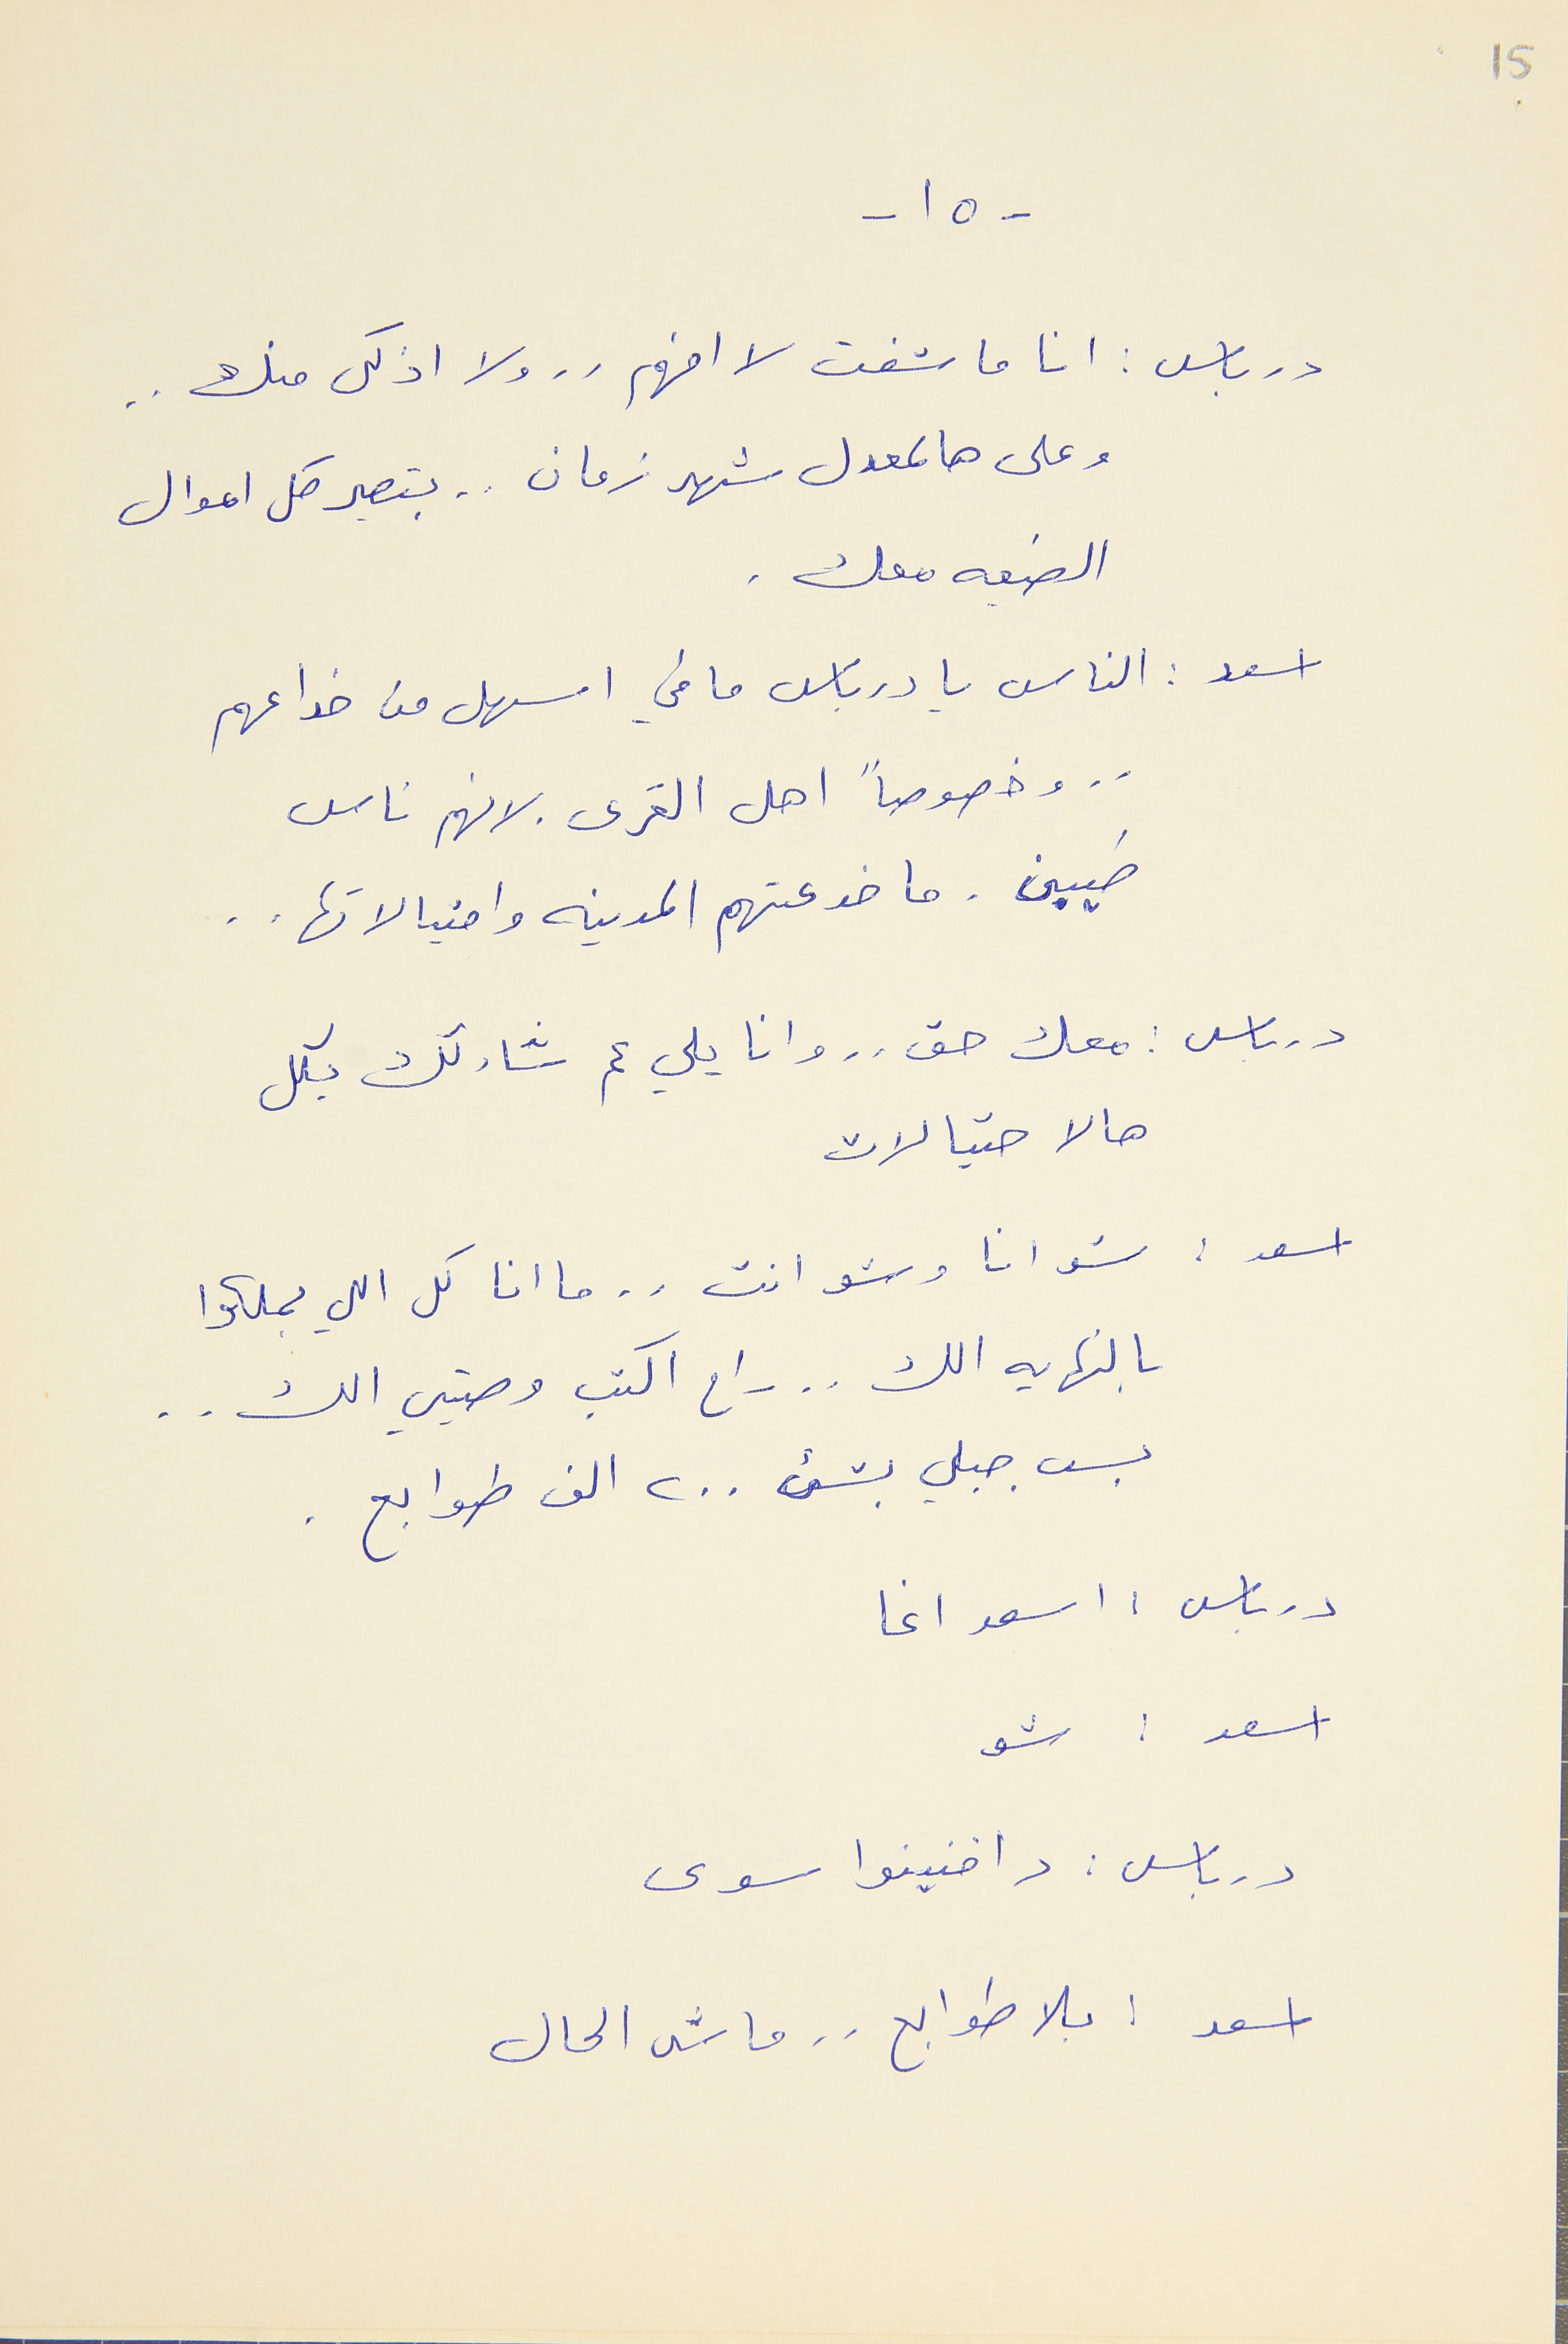
15
- ١٥ -
درباس : انا ما شفت لا افهم . . ولا اذكى منك . .
وعلى هالمعدل شهر زمان . . بتصير كل اموال
الضيعه معك .
اسعد : الناس يا درباس ما في اسهل من خداعهم
. . وخصوصاً اهل القرى . لانهم ناس
طيبين . ما خدعتهم المدينه واحتيالاتها . .
درباس : معك حق . . وانا يلي عم شاركك بكل
هالاحتيالات
اسعد : شو انا وشو انت . . ما انا كل اللي بملكوا
بالنهايه الك . . راح اكتب وصيتي الك . .
بس جبلي بشىء ٢٠٠ الف طوابع .
درباس : اسعد اغا
اسعد : شو
درباس : دافنينوا سوى
اسعد : بلا طوابع . . ماشى الحال